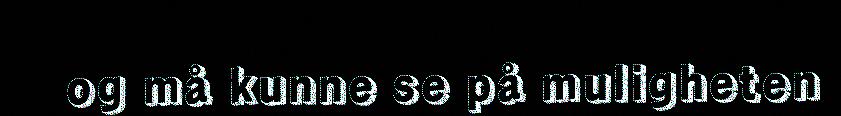
og må kunne se på muligheten